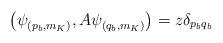
LaTeX: \begin{align*} \bigl( \psi_{(p_b,m_K)}^{},A \psi_{(q_b, m_K)}^{}\bigr)=z\delta_{p_b q_b}\end{align*}